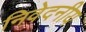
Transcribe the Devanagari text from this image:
निवेदनीय